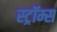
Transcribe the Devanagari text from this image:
स्ट्रॉम्स